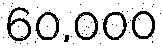
60,000